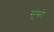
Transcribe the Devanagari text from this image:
सूंसो